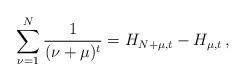
LaTeX: \begin{align*}\sum_{\nu = 1}^N {\frac{1}{{(\nu + \mu )^t }}} = H_{N + \mu ,t} - H_{\mu ,t}\,,\end{align*}